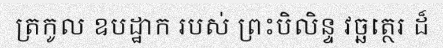
ត្រកូល ឧបដ្ឋាក របស់ ព្រះបិលិន្ទ វច្ឆត្ថេរ ដ៏